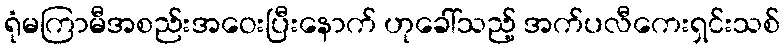
ရုံမကြာမီအစည်းအဝေးပြီးနောက် ဟုခေါ်သည့် အက်ပလီကေးရှင်းသစ်